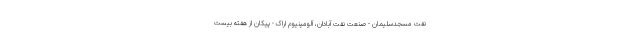
نفت مسجدسلیمان - صنعت نفت آبادان، آلومینیوم اراک - پیکان از هفته بیست